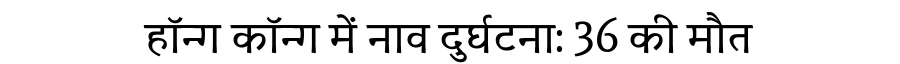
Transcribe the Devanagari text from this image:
हॉन्ग कॉन्ग में नाव दुर्घटना: 36 की मौत